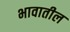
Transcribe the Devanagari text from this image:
भावातील